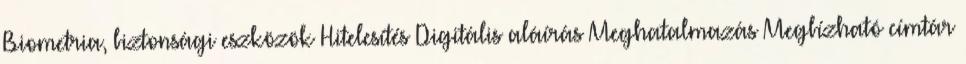
Biometria, biztonsági eszközök Hitelesítés Digitális aláírás Meghatalmazás Megbízható címtár